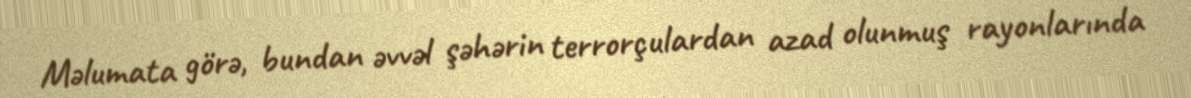
Məlumata görə, bundan əvvəl şəhərin terrorçulardan azad olunmuş rayonlarında